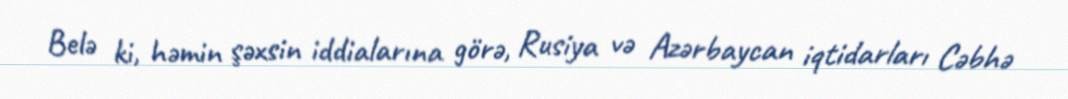
Belə ki, həmin şəxsin iddialarına görə, Rusiya və Azərbaycan iqtidarları Cəbhə